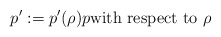
\begin{align*}{p}^{\prime}:={p}^{\prime}(\rho)p\text{with respect to }\rho\end{align*}